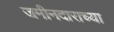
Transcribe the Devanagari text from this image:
जमीनदाराच्या